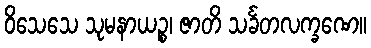
ဝိသေသေ သုမနာယဉ္စ၊ ဇာတိ သင်္ခတလက္ခဏေ။